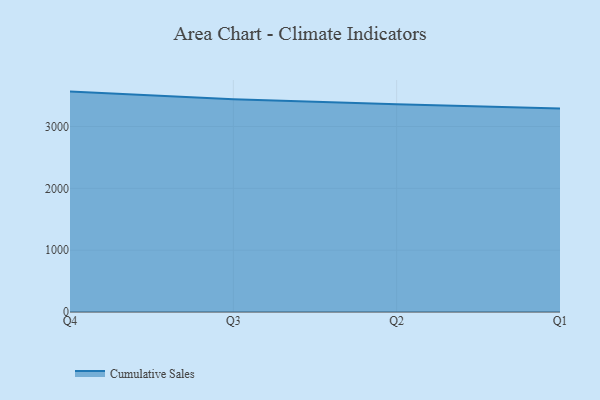
{"axis": {"x": "Quarter", "y": "Churn Rate (%)"}, "legend": ["Cumulative Sales"], "data": [{"x": "Q4", "y": 3563.8, "type": "Cumulative Sales"}, {"x": "Q3", "y": 3439.7, "type": "Cumulative Sales"}, {"x": "Q2", "y": 3359.1, "type": "Cumulative Sales"}, {"x": "Q1", "y": 3290.4, "type": "Cumulative Sales"}]}